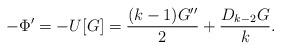
LaTeX: \begin{align*}-\Phi' = - U[G] = \frac{(k-1)G''}2 + \frac{D_{k-2} G}k .\end{align*}